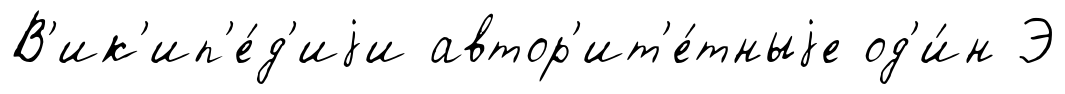
В'ик'ип'е́д'иjи автор'ит'е́тныjе од'и́н Э